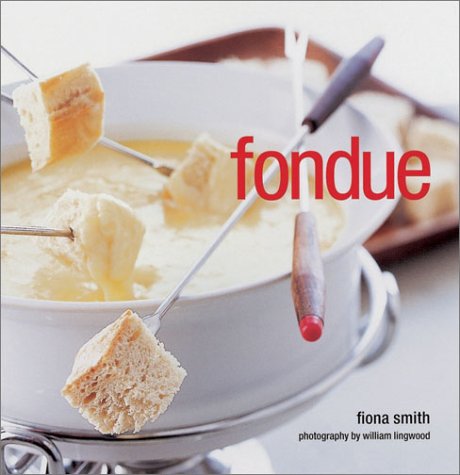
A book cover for Fondue; Fiona Smith; Cookbooks, Food & Wine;